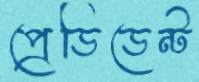
প্রেডিডেন্ট